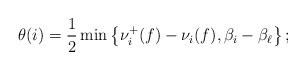
LaTeX: \begin{align*}\theta(i)=\frac12\min\left\{\nu_i^+(f)-\nu_i(f),\beta_i-\beta_\ell\right\};\end{align*}